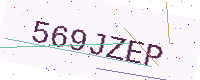
Text: 569JZEP